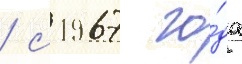
/ с 1967 го́да